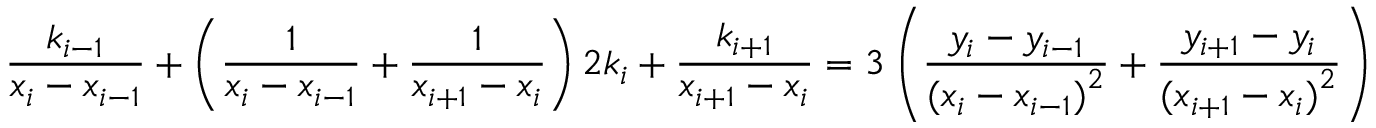
{ \frac { k _ { i - 1 } } { x _ { i } - x _ { i - 1 } } } + \left( { \frac { 1 } { x _ { i } - x _ { i - 1 } } } + { \frac { 1 } { x _ { i + 1 } - x _ { i } } } \right) 2 k _ { i } + { \frac { k _ { i + 1 } } { x _ { i + 1 } - x _ { i } } } = 3 \left( { \frac { y _ { i } - y _ { i - 1 } } { { ( x _ { i } - x _ { i - 1 } ) } ^ { 2 } } } + { \frac { y _ { i + 1 } - y _ { i } } { { ( x _ { i + 1 } - x _ { i } ) } ^ { 2 } } } \right)